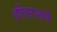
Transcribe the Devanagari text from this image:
हरिहरालये